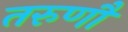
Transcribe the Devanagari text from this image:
तरुणौ